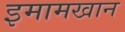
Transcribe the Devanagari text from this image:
इमामखान